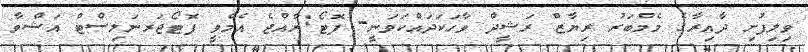
ވިލިފުށި ދާއިރާގެ މެމްބަރު ރިޔާޒް ރަޝީދް ވާހަކަދައްކަވަނީ- ފޮޓޯ:ރާއްޖެ އެމްވީ ފޮޓޯޖަރނަލިސްޓް އަޝްވާ